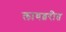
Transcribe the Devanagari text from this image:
लायब्ररीत